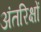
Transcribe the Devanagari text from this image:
अंतरिक्षों